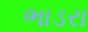
ભાડરા